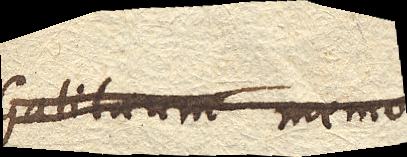
Galilaeum memo